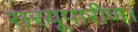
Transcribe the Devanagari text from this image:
सरयूपारीण।